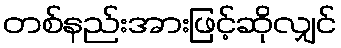
တစ်နည်းအားဖြင့်ဆိုလျှင်